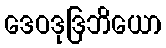
ဒေဝဒုဒြဘိယော